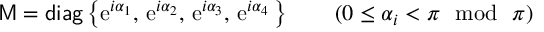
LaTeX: { \sf M } = { \sf d i a g } \left\{ \mathrm { e } ^ { i \alpha _ { 1 } } , \, \mathrm { e } ^ { i \alpha _ { 2 } } , \, \mathrm { e } ^ { i \alpha _ { 3 } } , \, \mathrm { e } ^ { i \alpha _ { 4 } } \, \right\} \qquad ( 0 \leq \alpha _ { i } < \pi \mathrm { ~ ~ m o d ~ ~ } \pi )